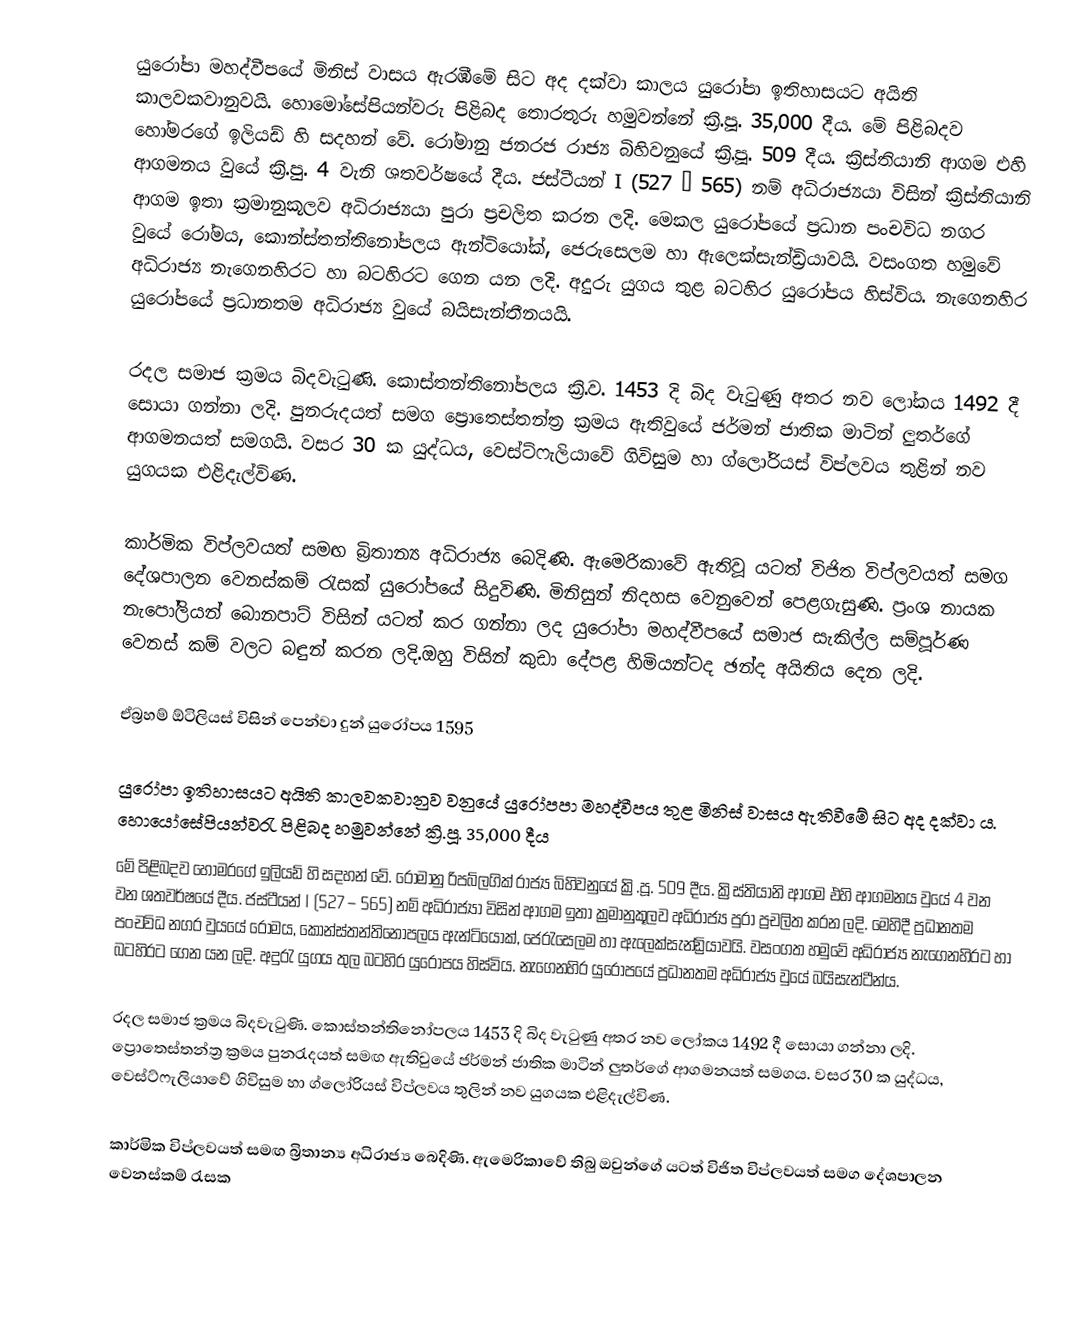
යුරෝපා මහද්වීපයේ මිනිස් වාසය ඇරඹීමේ සිට අද දක්වා කාලය යුරෝපා ඉතිහාසයට අයිති කාලවකවානුවයි. හොමෝසේපියන්වරු පිළිබද තොරතුරු හමුවන්නේ ක්‍රි.පූ. 35,000 දීය. මේ පිළිබදව හෝමරගේ ඉලියඩ් හි සදහන් වේ. රෝමානු ජනරජ රාජ්‍ය බිහිවනුයේ ක්‍රි.පූ. 509 දීය. ක්‍රිස්තියානි ආගම එහි ආගමනය වුයේ ක්‍රි.පු. 4 වැනි ශතවර්ෂයේ දීය. ජස්ටීයන් I (527 – 565) නම් අධිරාජ්‍යයා විසින් ක්‍රිස්තියානි ආගම ඉතා ක්‍රමානුකූලව අධිරාජ්‍යයා පුරා ප්‍රචලිත කරන ලදි. මෙකල යුරෝපයේ ප්‍රධාන පංචවිධ නගර වුයේ රෝමය, කොන්ස්තන්තිනෝපලය ඇන්ටියෝක්, ජෙරුසෙලම හා ඇලෙක්සැන්ඩ්‍රියාවයි. වසංගත හමුවේ අධිරාජ්‍ය නැගෙනහිරට හා බටහිරට ගෙන යන ලදි. අදුරු යුගය තුළ බටහිර යුරෝපය හිස්විය. නැගෙනහිර යුරෝපයේ ප්‍රධානතම අධිරාජ්‍ය වුයේ බයිසැන්තීනයයි.

රදල සමාජ ක්‍රමය බිදවැටුණි. කොස්තන්තිනෝපලය ක්‍රි.ව. 1453 දි බිද වැටුණු අතර නව ලෝකය 1492 දී සොයා ගන්නා ලදි. පුනරුදයත් සමග ප්‍රොතෙස්තන්ත්‍ර ක්‍රමය ඇතිවුයේ ජර්මන් ජාතික මාටින් ලුතර්ගේ ආගමනයත් සමගයි. වසර  30 ක යුද්ධය, වෙස්ට්ෆැලියාවේ ගිවිසුම හා ග්ලෝරියස් විප්ලවය තුළින් නව යුගයක එළිදැල්විණ.

කාර්මික විප්ලවයත් සමඟ බ්‍රිතාන්‍ය අධිරාජ්‍ය බෙදිණි. ඇමෙරිකාවේ ඇතිවූ යටත් විජිත විප්ලවයත් සමග දේශපාලන වෙනස්කම් රැසක් යුරෝපයේ සිදුවිණි. මිනිසුන් නිදහස වෙනුවෙන් පෙළගැසුණි. ප්‍රංශ නායක නැපෝලියන් බොනපාට් විසින් යටත් කර ගන්නා ලද යුරෝපා මහද්වීපයේ සමාජ සැකිල්ල සම්පූර්ණ වෙනස් කම් වලට බඳුන් කරන ලදි.ඔහු විසින් කුඩා දේපළ හිමියන්ටද ඡන්ද අයිතිය දෙන ලදි.

ඒබ්‍රහම් ඕටිලියස් විසින් පෙන්වා දුන් යුරෝපය 1595

යුරෝපා ඉතිහාසයට අයිති කාලවකවානුව වනුයේ යුරෝපපා මහද්වීපය තුළ මිනිස් වාසය ඇතිවීමේ සිට අද දක්වා ය. හො‍යෝසේපියන්වරැ පිළිබද හමුවන්නේ ක්‍රි.පූ. 35,000 දීය
මේ පිළිබදව හෝමරගේ ඉලියඩ් හි සදහන් වේ. රොමානු රිපබ්ලගික් රාජ්‍ය බිහිවනුයේ ක්‍රි.පූ. 509 දීය. ක්‍රිස්තියානි ආගම එහි ආගමනය වුයේ 4 වන වන ශතවර්ෂයේ දීය. ජස්ටීයන් I  (527 – 565) නම් අධිරාජ්‍යා විසින් ආගම  ඉතා ක්‍රමානුකූලව අධිරාජ්‍ය පුරා ප්‍රචලිත කරන ලදි. මෙහිදී ප්‍රධානතම පංචවිධ නගර වුයයේ රෝමය, කොන්ස්තන්තිනෝපලය  ඇන්ටියෝක්, ජෙරැසෙලම හා ඇලෙක්සැන්ඩ්‍රියාවයි. වසංගත හමුවේ අධිරාජ්‍ය නැගෙනහිරට හා බටහිරට ගෙන යන ලදි.  අදුරැ යුගය තුල  බටහිර යුරෝපය හිස්විය. නැගෙනහිර යුරෝපයේ ප්‍රධානතම අධිරාජ්‍ය වුයේ බයිසැන්ටීන්ය.

රදල සමාජ ක්‍රමය බිදවැටුණි. කොස්තන්ති‍නෝපලය 1453 දි බිද වැටුණු අතර නව ලෝකය 1492 දී සොයා ගන්නා ලදි. ප්‍රොතෙස්තන්ත්‍ර ක්‍රමය පුනරැදයත් සමඟ  ඇතිවුයේ ජර්මන් ජාතික මාටින් ලුතර්ගේ ආගමනයත් සමගය. වසර  30 ක යුද්ධය, වෙස්ට්ෆැලියාවේ ගිවිසුම හා ග්ලෝරියස් විප්ලවය තුලින් නව යුගයක එළිදැල්විණ.

කාර්මික විප්ලවයත් සමඟ බ්‍රිතාන්‍ය අධිරාජ්‍ය බෙදිණි. ඇමෙරිකාවේ තිබු ඔවුන්ගේ යටත් විජිත විප්ලවයත් සමග දේශපාලන වෙනස්කම් රැසක